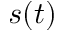
s ( t )